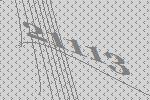
21113